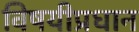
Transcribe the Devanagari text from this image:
विषयीप्रधान